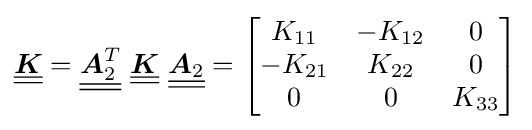
{\underline {\underline {\boldsymbol {K}}}}={\underline {\underline {{\boldsymbol {A}}_{2}^{T}}}}~{\underline {\underline {\boldsymbol {K}}}}~{\underline {\underline {{\boldsymbol {A}}_{2}}}}={\begin{bmatrix}K_{11}&-K_{12}&0\\-K_{21}&K_{22}&0\\0&0&K_{33}\end{bmatrix}}